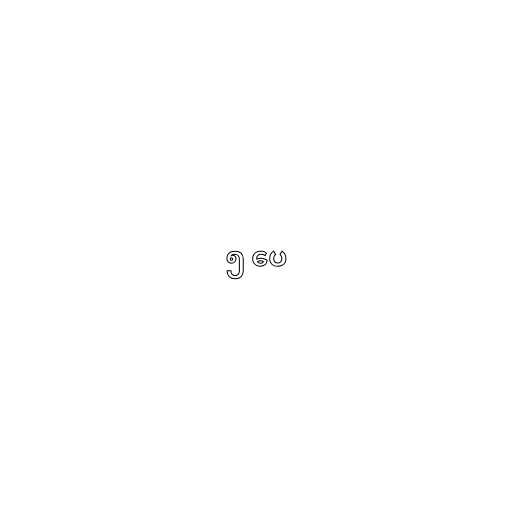
၅ ပေ